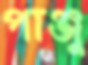
পাঞ্জু